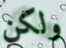
ولكن